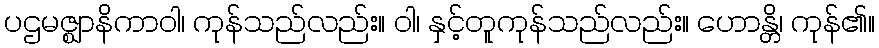
ပဌမဇ္ဈာနိကာဝါ၊ ကုန်သည်လည်း။ ဝါ၊ နှင့်တူကုန်သည်လည်း။ ဟောန္တိ၊ ကုန်၏။